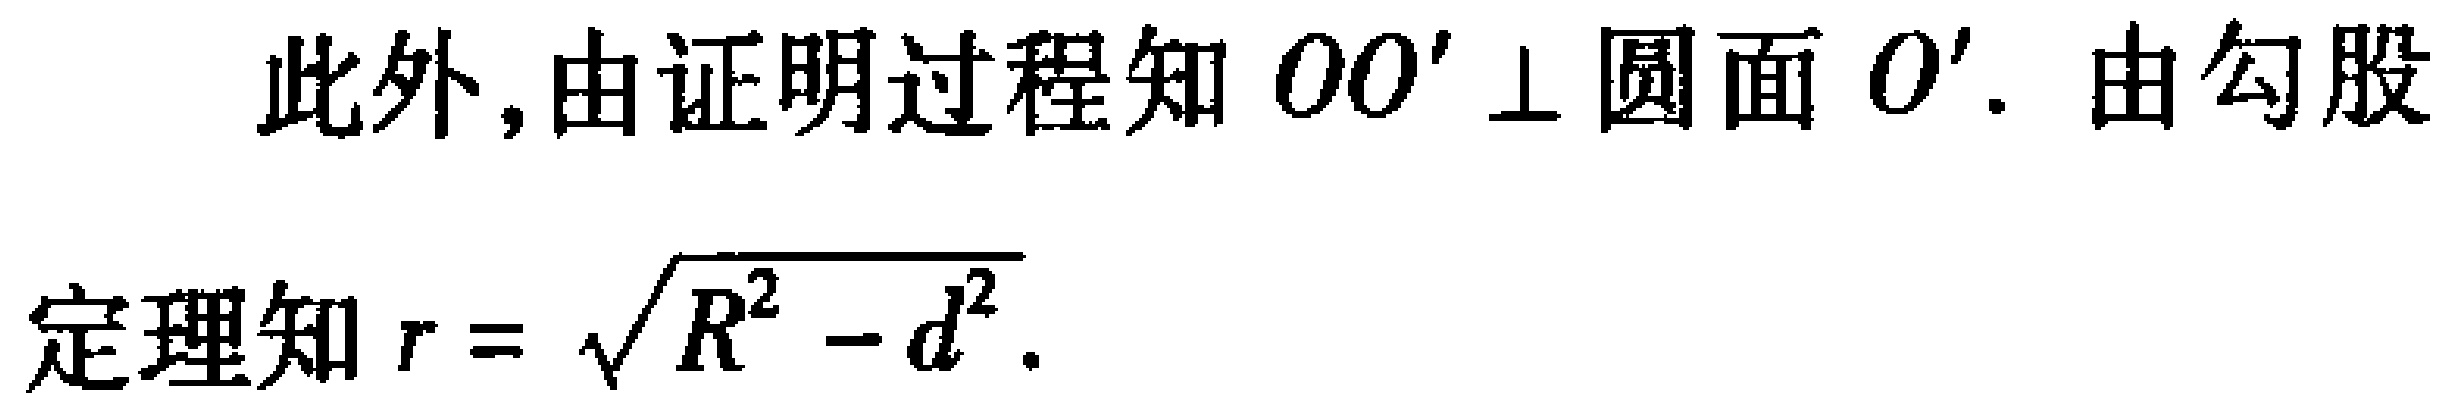
此外,由证明过程知 \(OO'\perp\) 圆面 \(O'\). 由勾股
定理知 \(r = \sqrt{R^{2} - d^{2}}\).